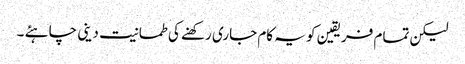
لیکن تمام فریقین کو یہ کام جاری رکھنے کی طمانیت دینی چاہئے ۔